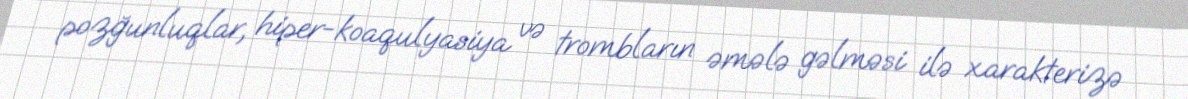
pozğunluqlar, hiper-koaqulyasiya və trombların əmələ gəlməsi ilə xarakterizə